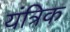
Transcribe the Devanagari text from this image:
यंत्रिक